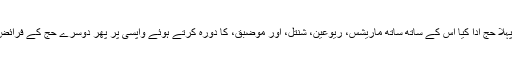
۱۹۸۰ء میں پہلا حج ادا کیا اس کے ساتھ ساتھ ماریشس، ریوعین، شنتل، اور موضبق، کا دورہ کرتے ہوئے واپسی پر پھر دوسرے حج کے فرائض انجام دیئے۔